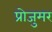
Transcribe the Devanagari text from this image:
प्रोजुमर